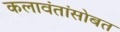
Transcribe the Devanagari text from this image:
कलावंतांसोबत